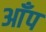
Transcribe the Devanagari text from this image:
आँप